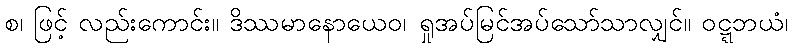
စ၊ ဖြင့် လည်းကောင်း။ ဒိဿမာနောယေဝ၊ ရှုအပ်မြင်အပ်သော်သာလျှင်။ ဝဋ္ဋဘယံ၊